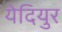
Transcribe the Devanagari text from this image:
येदियुर